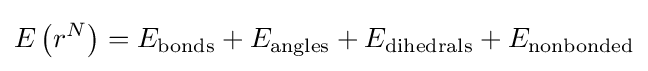
E\left(r^{N}\right)=E_{\mathrm {bonds} }+E_{\mathrm {angles} }+E_{\mathrm {dihedrals} }+E_{\mathrm {nonbonded} }